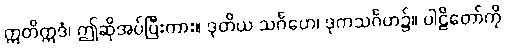
ဣတိဣဒံ၊ ဤဆိုအပ်ပြီးကား။ ဒုတိယ သင်္ဂဟေ၊ ဒုကသင်္ဂဟ၌။ ပါဠိတော်ကို